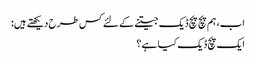
اب، ہم پچ پچ ڈیک جیتنے کے لئے کس طرح دیکھتے ہیں:
ایک پچ ڈیک کیا ہے؟